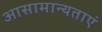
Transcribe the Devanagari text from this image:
आसामान्यताएं